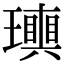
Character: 𤪬